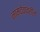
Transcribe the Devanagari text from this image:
नामदेवांवरील